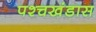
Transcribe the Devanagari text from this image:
पश्चखंडास